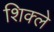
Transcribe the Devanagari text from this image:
शिक्ले